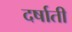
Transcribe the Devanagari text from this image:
दर्षाती